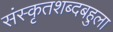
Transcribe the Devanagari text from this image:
संस्कृतशब्दबहुला